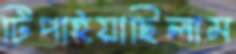
টিপাইয়াছিলাম